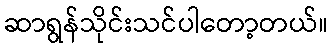
ဆာရွန်သိုင်းသင်ပါတော့တယ်။